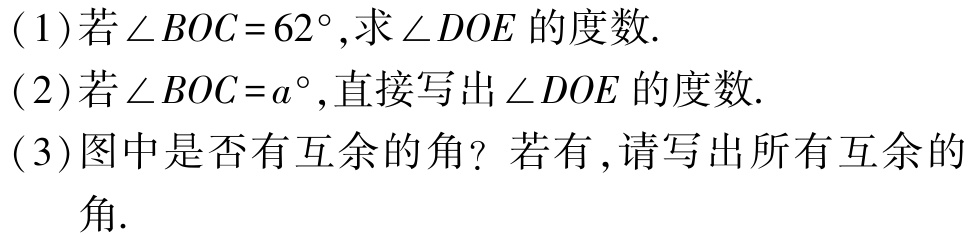
(1)若\(\angle BOC = 62^{\circ}\),求\(\angle DOE\)的度数.

(2)若\(\angle BOC = a^{\circ}\),直接写出\(\angle DOE\)的度数.

(3)图中是否有互余的角？若有,请写出所有互余的角.